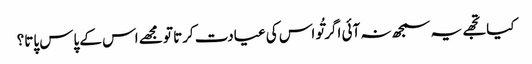
کیا تجھے یہ سمجھ نہ آئی اگر تُو اس کی عیادت کرتا تو مجھے اس کے پاس پاتا؟